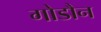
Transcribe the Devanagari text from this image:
गोडौन